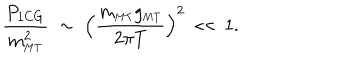
LaTeX: \frac { P _ { \mathrm { 1 C G } } } { m _ { \mathrm { \scriptscriptstyle { M T } } } ^ { 2 } } \; \sim \; \left( \frac { m _ { \mathrm { \scriptscriptstyle { M T } } } g _ { \mathrm { \scriptscriptstyle { M T } } } } { 2 \pi T } \right) ^ { 2 } \; \ll \; 1 .